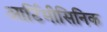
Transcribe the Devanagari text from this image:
आर्टिमीसिनिक